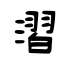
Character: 漝